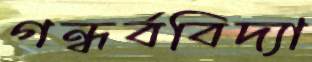
গন্ধর্ববিদ্যা